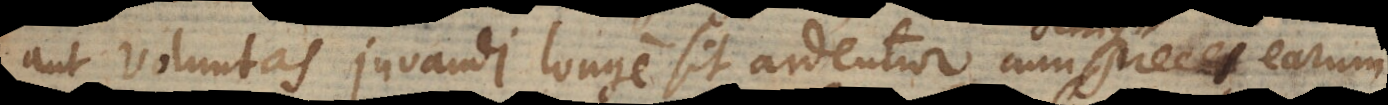
aut voluntas juvandi longe sit ardentior, cum preces earum